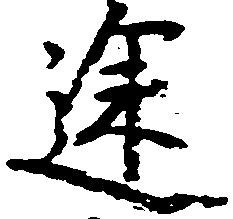
途